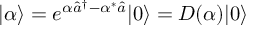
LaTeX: | \alpha \rangle = e ^ { \alpha { \hat { a } } ^ { \dagger } - \alpha ^ { * } { \hat { a } } } | 0 \rangle = D ( \alpha ) | 0 \rangle